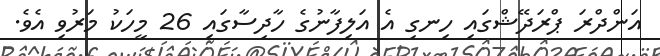
އަންދްރަ ޕްރަދޭޝްގައި ހިނގި އެ އަލިފާނުގެ ހާދިސާގައި 26 މީހަކު މަރުވި އެވެ.